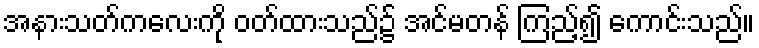
အနားသတ်ကလေးကို ဝတ်ထားသည်၌ အင်မတန် ကြည့်၍ ကောင်းသည်။